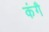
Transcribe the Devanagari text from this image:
कंगै